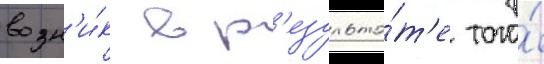
возн'и́к в р'езульта́т'е того́